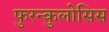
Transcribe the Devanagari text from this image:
फुरन्कुलोसिस